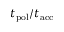
t _ { \mathrm { p o l } } / t _ { \mathrm { a c c } }